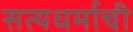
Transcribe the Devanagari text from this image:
सत्यधर्माची